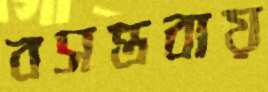
বসন্তবায়